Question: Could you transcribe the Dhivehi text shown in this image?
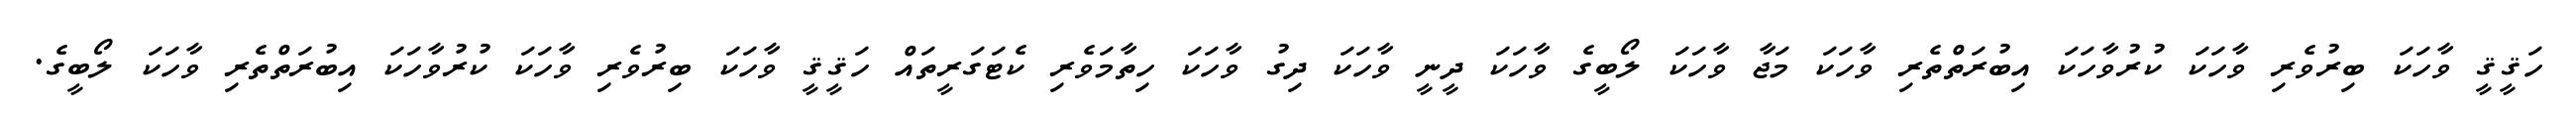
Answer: ހަޤީޤީ ވާހަކަ ބިރުވެރި ވާހަކަ ކުރުވާހަކަ އިބުރަތްތެރި ވާހަކަ މަޖާ ވާހަކަ ލޯބީގެ ވާހަކަ ދީނީ ވާހަކަ ދިގު ވާހަކަ ހިތާމަވެރި ކެޓަގަރީތައް ހަޤީޤީ ވާހަކަ ބިރުވެރި ވާހަކަ ކުރުވާހަކަ އިބުރަތްތެރި ވާހަކަ ލޯބީގެ.